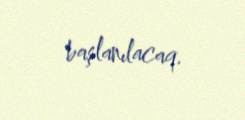
başlanılacaq.